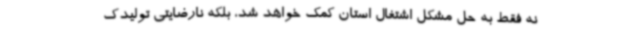
نه فقط به حل مشکل اشتغال استان کمک خواهد شد، بلکه نارضایتی تولیدک